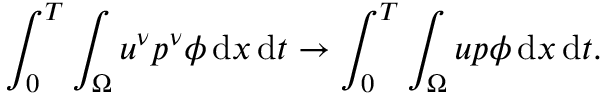
\int _ { 0 } ^ { T } \int _ { \Omega } u ^ { \nu } p ^ { \nu } \phi \, \mathrm { d } x \, \mathrm { d } t \to \int _ { 0 } ^ { T } \int _ { \Omega } u p \phi \, \mathrm { d } x \, \mathrm { d } t .